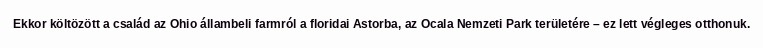
Ekkor költözött a család az Ohio állambeli farmról a floridai Astorba, az Ocala Nemzeti Park területére – ez lett végleges otthonuk.